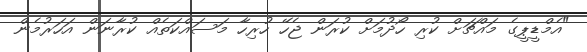
"އެމްޑީޕީގެ މައްޗަށް ކުރި ހޯދުމަށް ކުރަން ޖެހޭ ހުރިހާ މަސައްކަތެއް ކުރާނަން އަހަރުމެން